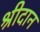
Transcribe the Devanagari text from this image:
श्रीदान